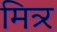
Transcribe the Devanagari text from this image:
मित्र्र